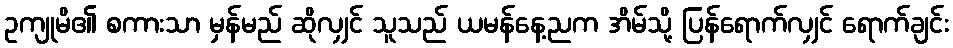
ဥကျုမိ၏ စကားသာ မှန်မည် ဆိုလျှင် သူသည် ယမန်နေ့ညက အိမ်သို့ ပြန်ရောက်လျှင် ရောက်ချင်း